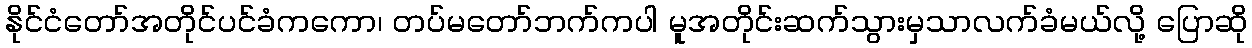
နိုင်ငံတော်အတိုင်ပင်ခံကကော၊ တပ်မတော်ဘက်ကပါ မူအတိုင်းဆက်သွားမှသာလက်ခံမယ်လို့ ပြောဆို